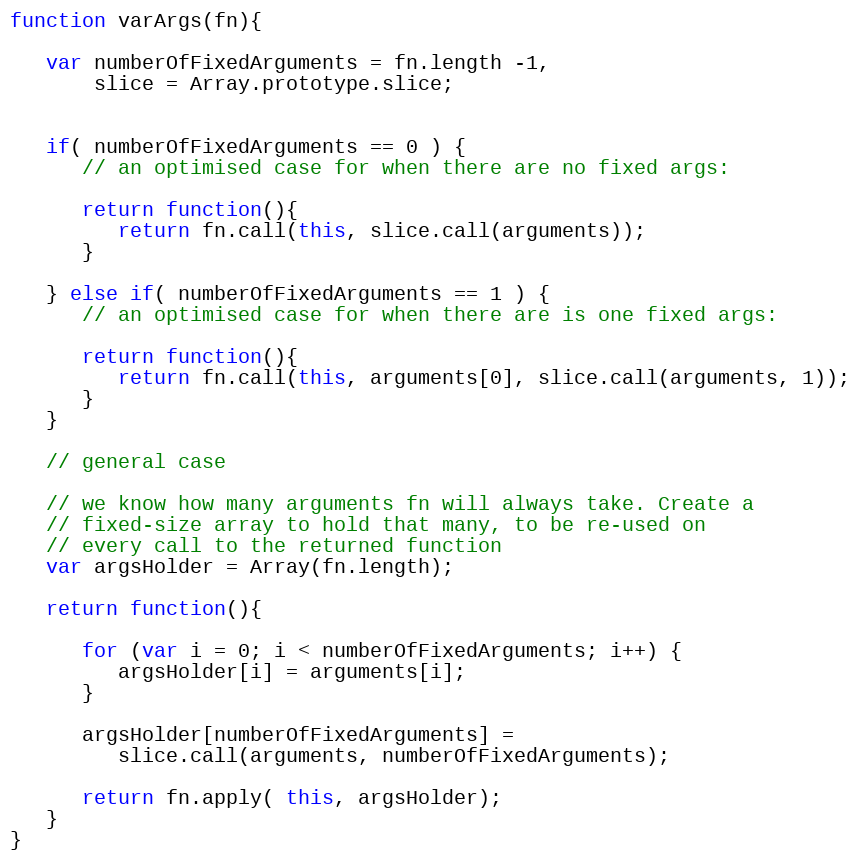
Language: JavaScript
function varArgs(fn){

   var numberOfFixedArguments = fn.length -1,
       slice = Array.prototype.slice;

   if( numberOfFixedArguments == 0 ) {
      // an optimised case for when there are no fixed args:

      return function(){
         return fn.call(this, slice.call(arguments));
      }

   } else if( numberOfFixedArguments == 1 ) {
      // an optimised case for when there are is one fixed args:

      return function(){
         return fn.call(this, arguments[0], slice.call(arguments, 1));
      }
   }

   // general case

   // we know how many arguments fn will always take. Create a
   // fixed-size array to hold that many, to be re-used on
   // every call to the returned function
   var argsHolder = Array(fn.length);

   return function(){

      for (var i = 0; i < numberOfFixedArguments; i++) {
         argsHolder[i] = arguments[i];
      }

      argsHolder[numberOfFixedArguments] =
         slice.call(arguments, numberOfFixedArguments);

      return fn.apply( this, argsHolder);
   }
}